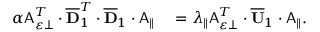
\begin{array} { r l } { \alpha \mathsf { A } _ { \varepsilon \perp } ^ { T } \cdot \overline { { \mathbf { D } } } _ { 1 } ^ { T } \cdot \overline { { \mathbf { D } } } _ { 1 } \cdot \mathsf { A } _ { \parallel } } & { { } = \lambda _ { \parallel } \mathsf { A } _ { \varepsilon \perp } ^ { T } \cdot \overline { { \mathbf { U } } } _ { 1 } \cdot \mathsf { A } _ { \parallel } . } \end{array}